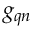
g _ { \boldsymbol { q } n }